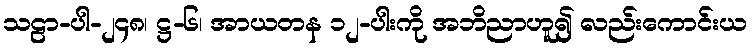
သဠာ-ပါ-၂၄၈၊ ဋ္ဌ-၆၊ အာယတန ၁၂-ပါးကို အဘိညာဟူ၍ လည်းကောင်းယ